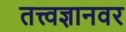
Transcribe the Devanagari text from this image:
तत्त्वज्ञानवर